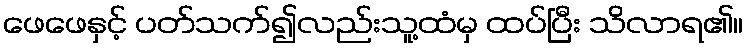
ဖေဖေနှင့် ပတ်သက်၍လည်းသူ့ထံမှ ထပ်ပြီး သိလာရ၏။